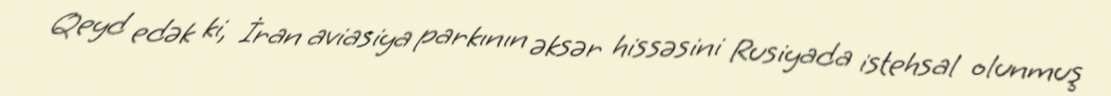
Qeyd edək ki, İran aviasiya parkının əksər hissəsini Rusiyada istehsal olunmuş